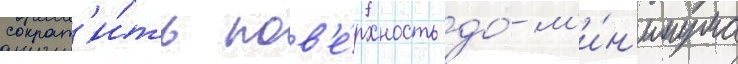
сократ'и́ть пов'е́рхность до́ м'и́н'имума